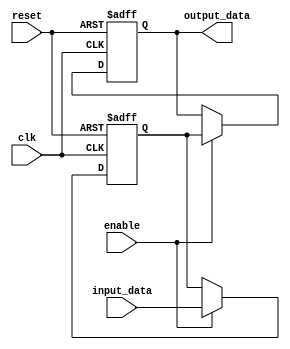
module latch_delay (
    input wire clk,      // system clock input
    input wire reset,    // asynchronous reset input
    input wire enable,   // control signal to enable latching
    input wire input_data,  // input data signal to be delayed
    output reg output_data // delayed output data signal
);

reg internal_data;  // internal signal to store delayed data

always @(posedge clk or posedge reset) begin
    if (reset) begin
        internal_data <= 1'b0;  // reset internal data to 0
        output_data <= 1'b0;    // reset output data to 0
    end else if (enable) begin
        internal_data <= input_data;  // latch input data
        output_data <= internal_data; // output delayed data
    end
end

endmodule